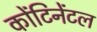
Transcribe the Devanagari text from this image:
कोंटिनेंटल